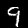
Label: 9